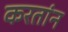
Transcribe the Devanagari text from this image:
करतांन